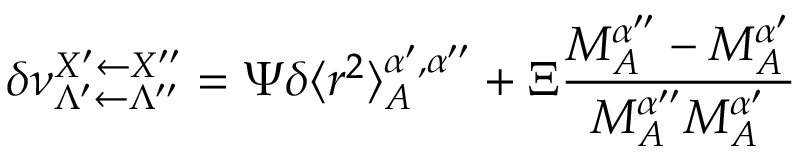
\delta \nu _ { \Lambda ^ { \prime } \leftarrow \Lambda ^ { \prime \prime } } ^ { X ^ { \prime } \leftarrow X ^ { \prime \prime } } = \Psi \delta \langle r ^ { 2 } \rangle _ { A } ^ { \alpha ^ { \prime } , \alpha ^ { \prime \prime } } + \Xi \frac { M _ { A } ^ { \alpha ^ { \prime \prime } } - M _ { A } ^ { \alpha ^ { \prime } } } { M _ { A } ^ { \alpha ^ { \prime \prime } } M _ { A } ^ { \alpha ^ { \prime } } }